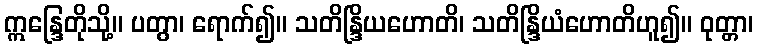
ဣန္ဒြေတိုသို့။ ပတွာ၊ ရောက်၍။ သတိန္ဒြိယဟောတိ၊ သတိန္ဒြိယံဟောတိဟူ၍။ ဝုတ္တာ၊